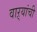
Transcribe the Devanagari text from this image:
वाऱ्यांची